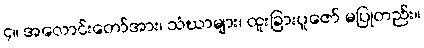
၄။ အလောင်းတော်အား၊ သံဃာများ၊ ထူးခြားပူဇော် မပြုတည်း။